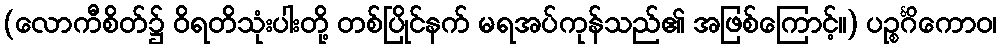
(လောကီစိတ်၌ ဝိရတိသုံးပါးတို့ တစ်ပြိုင်နက် မရအပ်ကုန်သည်၏ အဖြစ်ကြောင့်။) ပဉ္စင်္ဂိကောဝ၊